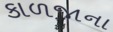
કાળજાના